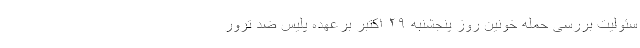
سئولیت بررسی حمله خونین روز پنجشنبه ۲۹ اکتبر برعهده پلیس ضد ترور